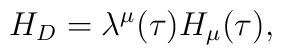
H_D=\lambda^\mu(\tau)H_\mu(\tau),